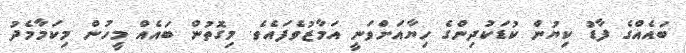
ބައެއްގެ ފާޑު ކިޔުން ކުޑަކުދިންގެ ހިޔާއަށްވަނީ އަމާޒުވެފައެވެ. މިގޮތުން ބައެއް މީހުން މިކަމާމެދު